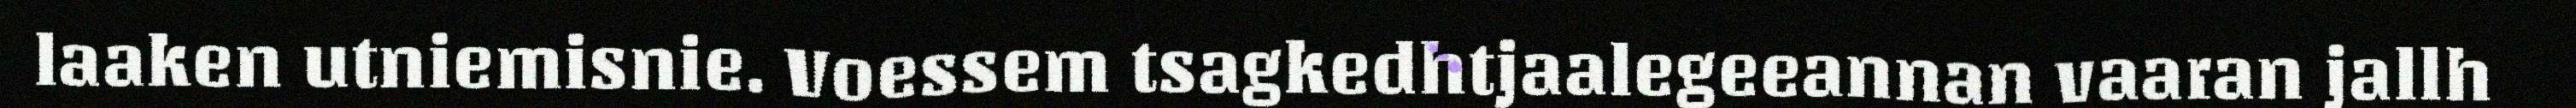
laaken utniemisnie. Voessem tsagkedhtjaalegeeannan vaaran jallh